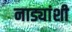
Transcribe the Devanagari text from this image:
नाड्यांशी